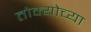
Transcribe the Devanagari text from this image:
तोक्योच्या